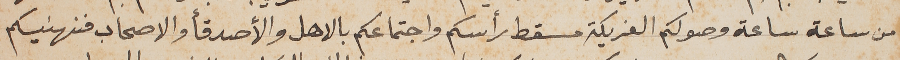
من ساعة ساعة وصولكم الفريكة مسقط رأسكم واجتماعكم بالاهل والأصدقاء والاصحاب فنهنيكم